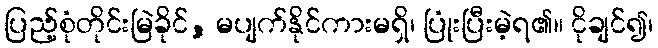
ပြည့်စုံတိုင်းမြဲခိုင်, မပျက်နိုင်ကားမရှိ၊ ပြုံးပြီးမဲ့ရ၏။ ငိုချင်၍၊